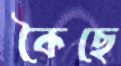
কৈছে